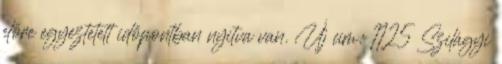
előre egyeztetett időpontban nyitva van. Új cím: 1125 Szilágyi